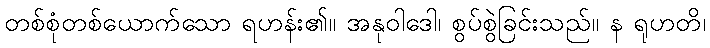
တစ်စုံတစ်ယောက်သော ရဟန်း၏။ အနုဝါဒေါ၊ စွပ်စွဲခြင်းသည်။ န ရုဟတိ၊